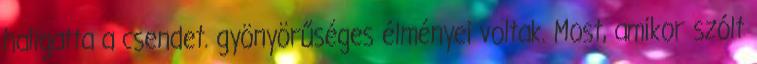
hallgatta a csendet. gyönyörűséges élményei voltak. Most, amikor szólt